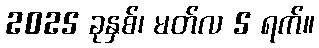
2025 ခုနှစ်၊ မတ်လ 5 ရက်။